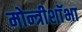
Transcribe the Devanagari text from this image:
मोन्त्रीशाॅभा